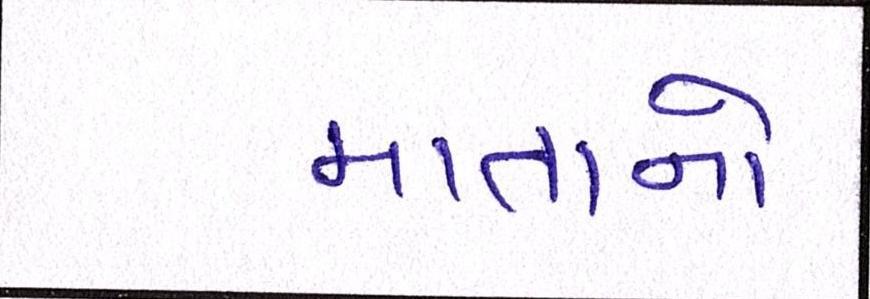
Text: માતાનો